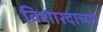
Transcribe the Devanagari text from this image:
विशारदाच्या